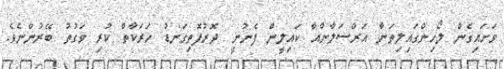
ވަށައިގެން ލޯހިންގައިލިތަނާ އަރްސަލާންއާ ކައިލީން ފެނުނީ ދޮރުފޮތިގަނޑު ހަރަކާތް ކުރި ވަގުތު ބޭރުންނެވެ.